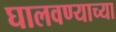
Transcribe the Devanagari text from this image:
घालवण्याच्या